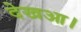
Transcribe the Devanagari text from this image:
देखआ।